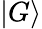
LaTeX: \vert G\rangle